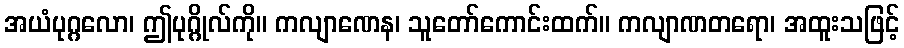
အယံပုဂ္ဂလော၊ ဤပုဂ္ဂိုလ်ကို။ ကလျာဏေန၊ သူတော်ကောင်းထက်။ ကလျာဏတရော၊ အထူးသဖြင့်